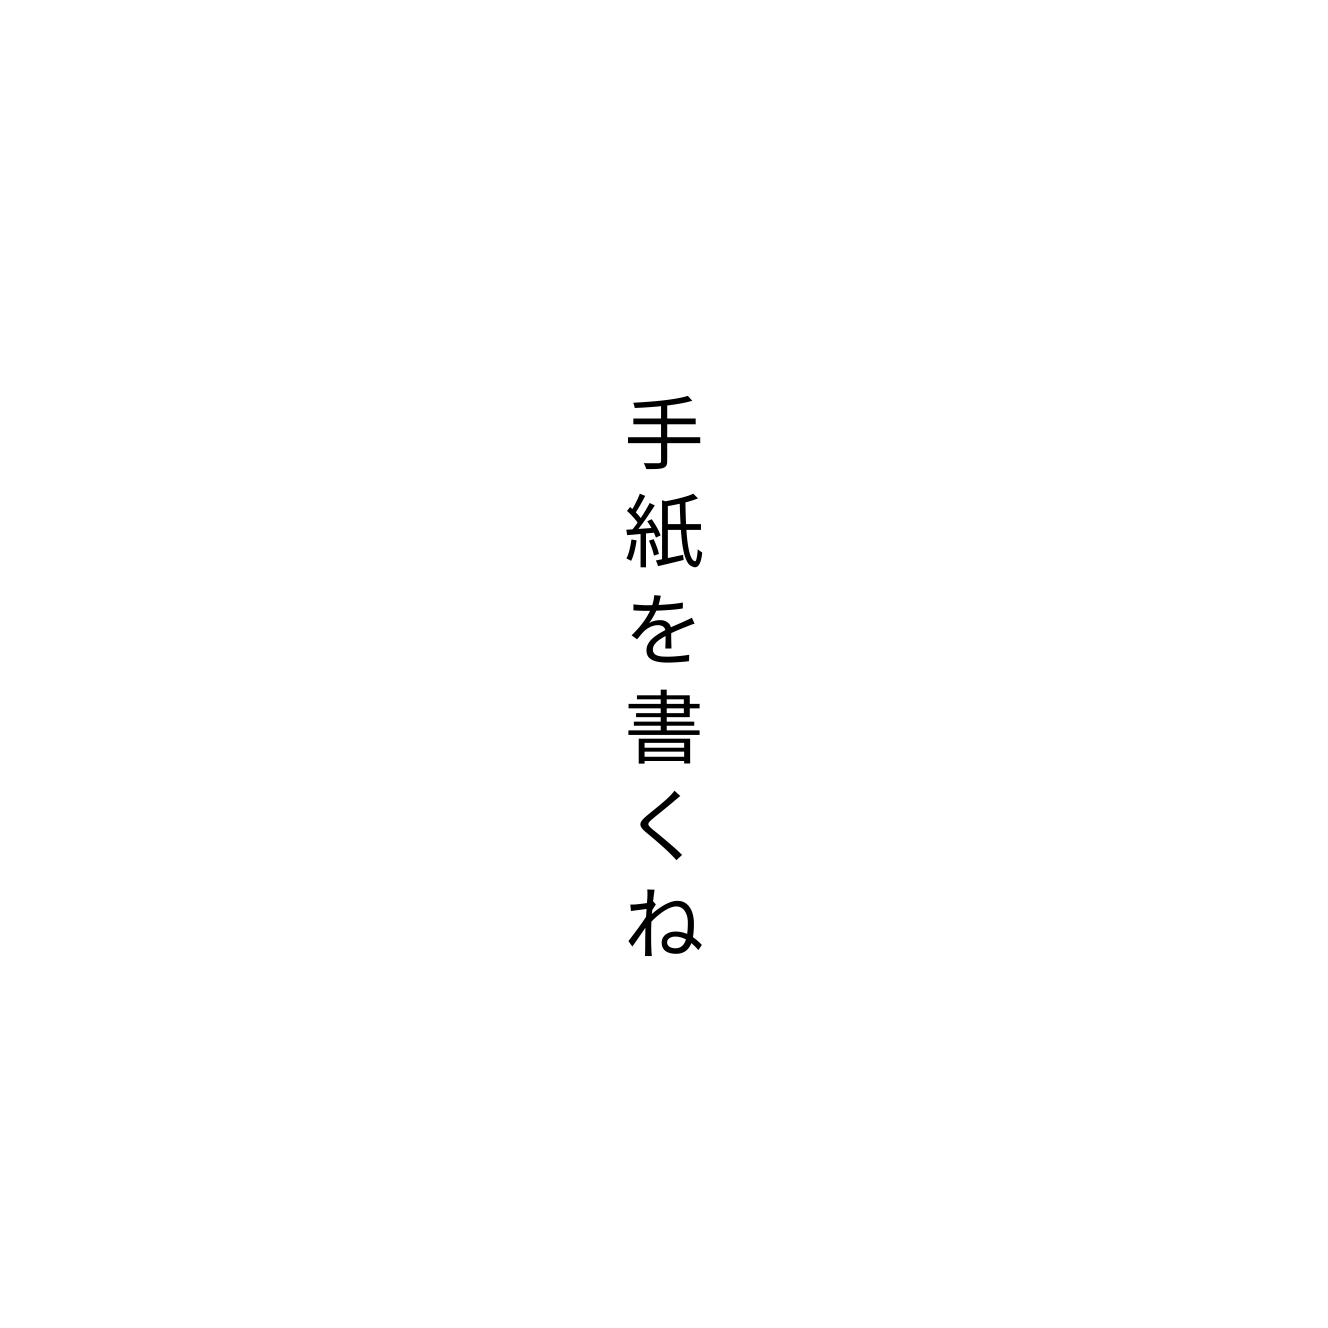
手紙を書くね